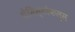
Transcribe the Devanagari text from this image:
थेमिस्टोकल्स